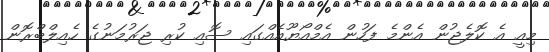
މިއީ އެ ކޮލެޖުން އެންމެ ފަހުން އެމްއޯޔޫއެއްގައި ސޮއި ކުރި ޖަރުމަނުގެ ހެއިލްބްރޮން